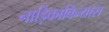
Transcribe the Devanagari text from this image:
नाड़िकाविन्यास